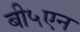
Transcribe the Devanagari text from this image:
बी५एन